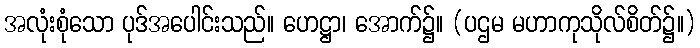
အလုံးစုံသော ပုဒ်အပေါင်းသည်။ ဟေဋ္ဌာ၊ အောက်၌။ (ပဌမ မဟာကုသိုလ်စိတ်၌။)